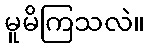
မူမိကြသလဲ။